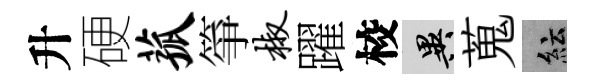
升硬菰箏椒躍校异蒐紜